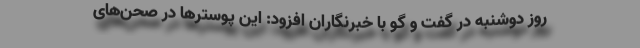
روز دوشنبه در گفت و گو با خبرنگاران افزود: این پوسترها در صحن‌های